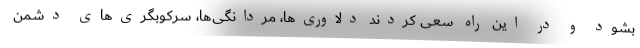
بشود و در این راه سعی کردند دلاوری‌ها، مردانگی‌ها، سرکوبگری‌های دشمن